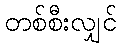
တစ်စီးလျှင်